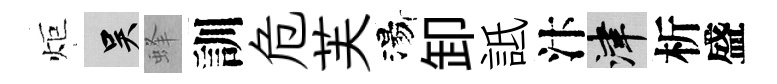
炬吴蜂訓危芙湯卸詆汴津析盛